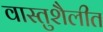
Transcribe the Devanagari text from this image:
वास्तुशैलीत